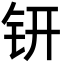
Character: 钘